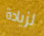
لزيادة